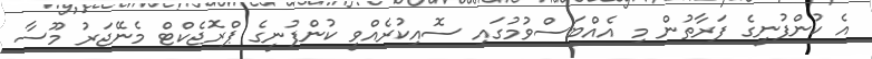
އެ ކުންފުނީގެ ފަރާތުން މި އެއްބަސްވުމުގައި ސޮއިކުރެއްވީ ކުންފުނީގެ ޕްރޮޖެކްޓް މެނޭޖަރު މޫސާ